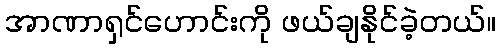
အာဏာရှင်ဟောင်းကို ဖယ်ချနိုင်ခဲ့တယ်။